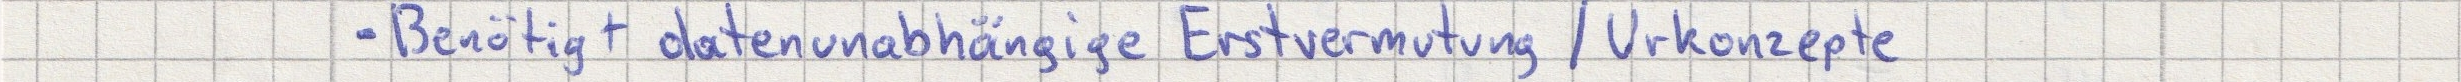
- Benötigt datenunabhängige Erstvermutung / Urkonzepte